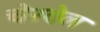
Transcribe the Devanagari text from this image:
चेरवेल